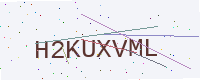
Text: H2KUXVML